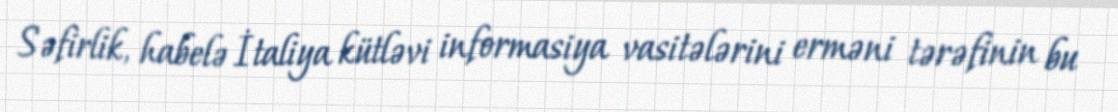
Səfirlik, habelə İtaliya kütləvi informasiya vasitələrini erməni tərəfinin bu